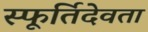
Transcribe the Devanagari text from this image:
स्फूर्तिदेवता